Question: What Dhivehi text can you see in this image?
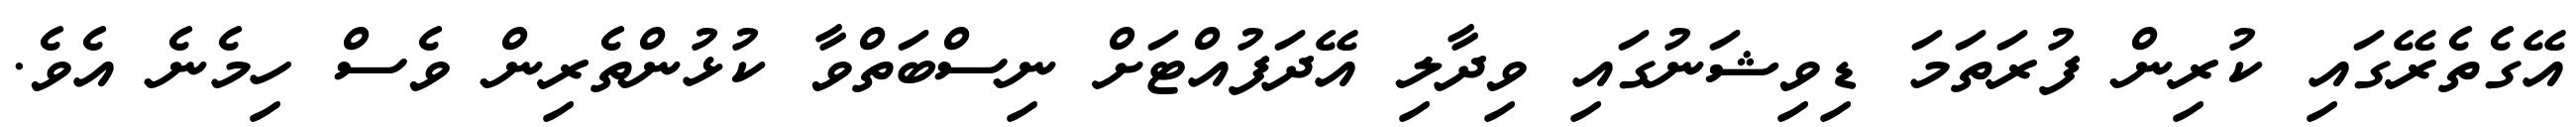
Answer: އޭގެތެރޭގައި ކުރިން ފުރަތަމަ ޑިވިޝަނުގައި ވިދާލި އޭދަފުއްޓަށް ނިސްބަތްވާ ކުޅުންތެރިން ވެސް ހިމެނެ އެވެ.